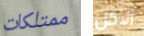
ممتلكات الأكل